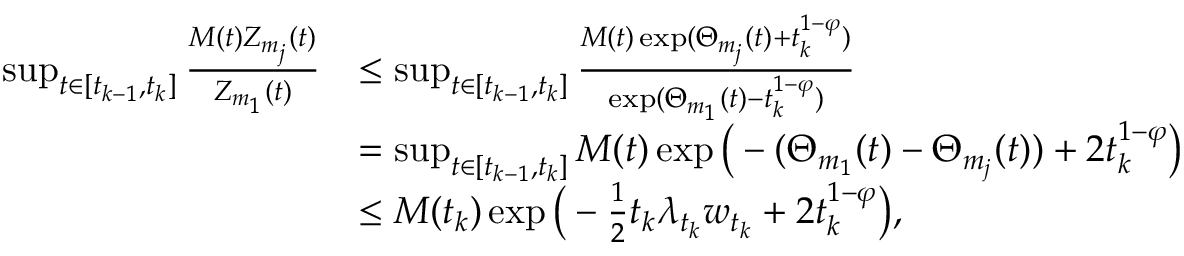
\begin{array} { r l } { \operatorname* { s u p } _ { t \in [ t _ { k - 1 } , t _ { k } ] } \frac { M ( t ) Z _ { m _ { j } } ( t ) } { Z _ { m _ { 1 } } ( t ) } } & { \leq \operatorname* { s u p } _ { t \in [ t _ { k - 1 } , t _ { k } ] } \frac { M ( t ) \exp ( \Theta _ { m _ { j } } ( t ) + t _ { k } ^ { 1 - \varphi } ) } { \exp ( \Theta _ { m _ { 1 } } ( t ) - t _ { k } ^ { 1 - \varphi } ) } } \\ & { = \operatorname* { s u p } _ { t \in [ t _ { k - 1 } , t _ { k } ] } M ( t ) \exp \big ( - ( \Theta _ { m _ { 1 } } ( t ) - \Theta _ { m _ { j } } ( t ) ) + 2 t _ { k } ^ { 1 - \varphi } \big ) } \\ & { \leq M ( t _ { k } ) \exp \big ( - \frac 1 2 t _ { k } \lambda _ { t _ { k } } w _ { t _ { k } } + 2 t _ { k } ^ { 1 - \varphi } \big ) , } \end{array}